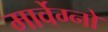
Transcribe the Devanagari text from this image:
मार्वेग्नो